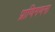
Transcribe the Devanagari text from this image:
प्राणिगणना